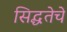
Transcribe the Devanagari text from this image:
सिद्धतेचे